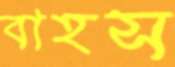
বাহস